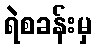
ရဲစခန်းမှ